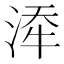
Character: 𪶍